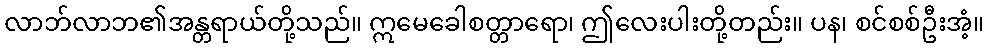
လာဘ်လာဘ၏အန္တရာယ်တို့သည်။ ဣမေခေါစတ္တာရော၊ ဤလေးပါးတို့တည်း။ ပန၊ စင်စစ်ဦးအံ့။